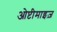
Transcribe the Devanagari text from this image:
ओप्टीमाइज़